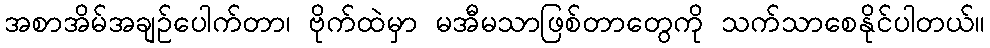
အစာအိမ်အချဉ်ပေါက်တာ၊ ဗိုက်ထဲမှာ မအီမသာဖြစ်တာတွေကို သက်သာစေနိုင်ပါတယ်။